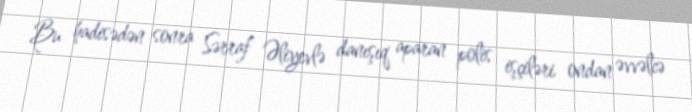
Bu hadisədən sonra Sərraf Əliyevlə danışıq aparan polis işçiləri ondan əvvəlcə